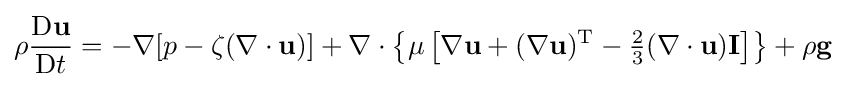
\rho {\frac {\mathrm {D} \mathbf {u} }{\mathrm {D} t}}=-\nabla [p-\zeta (\nabla \cdot \mathbf {u} )]+\nabla \cdot \left\{\mu \left[\nabla \mathbf {u} +(\nabla \mathbf {u} )^{\mathrm {T} }-{\tfrac {2}{3}}(\nabla \cdot \mathbf {u} )\mathbf {I} \right]\right\}+\rho \mathbf {g}